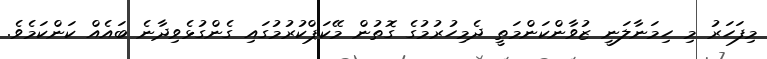
މިފަހަރު މި ހިމަނާލަނީ ޒުވާންކަންމަތީ ދެމިހުރުމުގެ ގޮތުން މޭކަޕްކުރުމުގައި ގެންގުޅެވިދާނެ ބައެއް ކަންކަމެވެ.